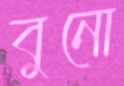
বুনো